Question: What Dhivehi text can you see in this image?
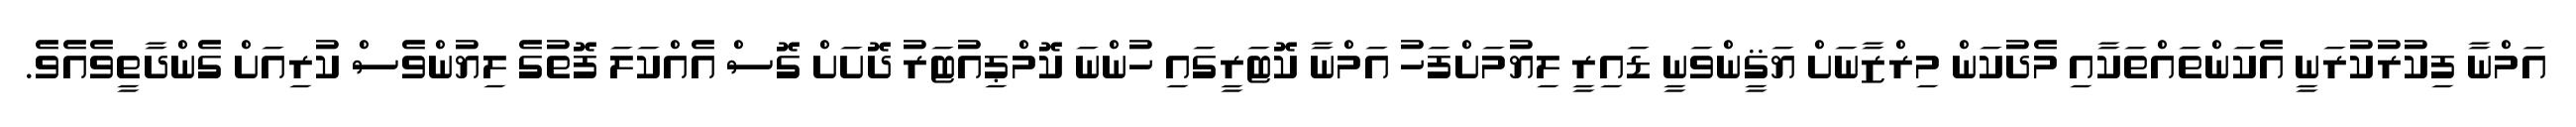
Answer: އަމްނާ ފިކުރުކުރަނީ އެކަންތައްތަކާއި މެދުކަން މިރްޒާނަށް ޔަޤީންވަނީ ޑައިރީ ލިޔުމަށްފަހު އަމްނާ ކޮޓަރީގައި ހުންނަ ކޮމްޕިއުޓަރު ދޮށަށް ގޮސް އެއްކަލަ ފޮތުގެ ލިޔުންވެސް ކުރިއަށް ގެންދާތީވެއެވެ.